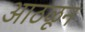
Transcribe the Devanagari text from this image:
आठळून